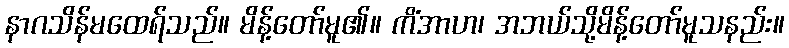
နာဂသိန်မထေရ်သည်။ မိန့်တော်မူ၏။ ကိံအာဟ၊ အဘယ်သို့မိန့်တော်မူသနည်း။